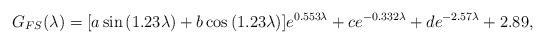
LaTeX: \begin{align*}G_{FS}(\lambda)=[a\sin{(1.23\lambda)}+b\cos{(1.23\lambda)}]e^{0.553\lambda}+c e^{-0.332\lambda}+d e^{-2.57\lambda}+2.89,\end{align*}